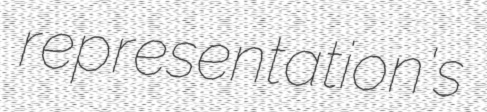
representation's